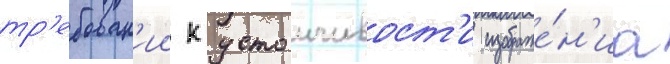
тр'ебован'ии к устоичивост'и изображе́н'иа